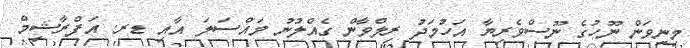
މިނިވަން ނޫހުގެ ނޫސްވެރިޔާ އަހުމަދު ރިލްވާން ގެއްލުނު މައްސަލަ އާއި ޑރ. އަފްރާޝިމް